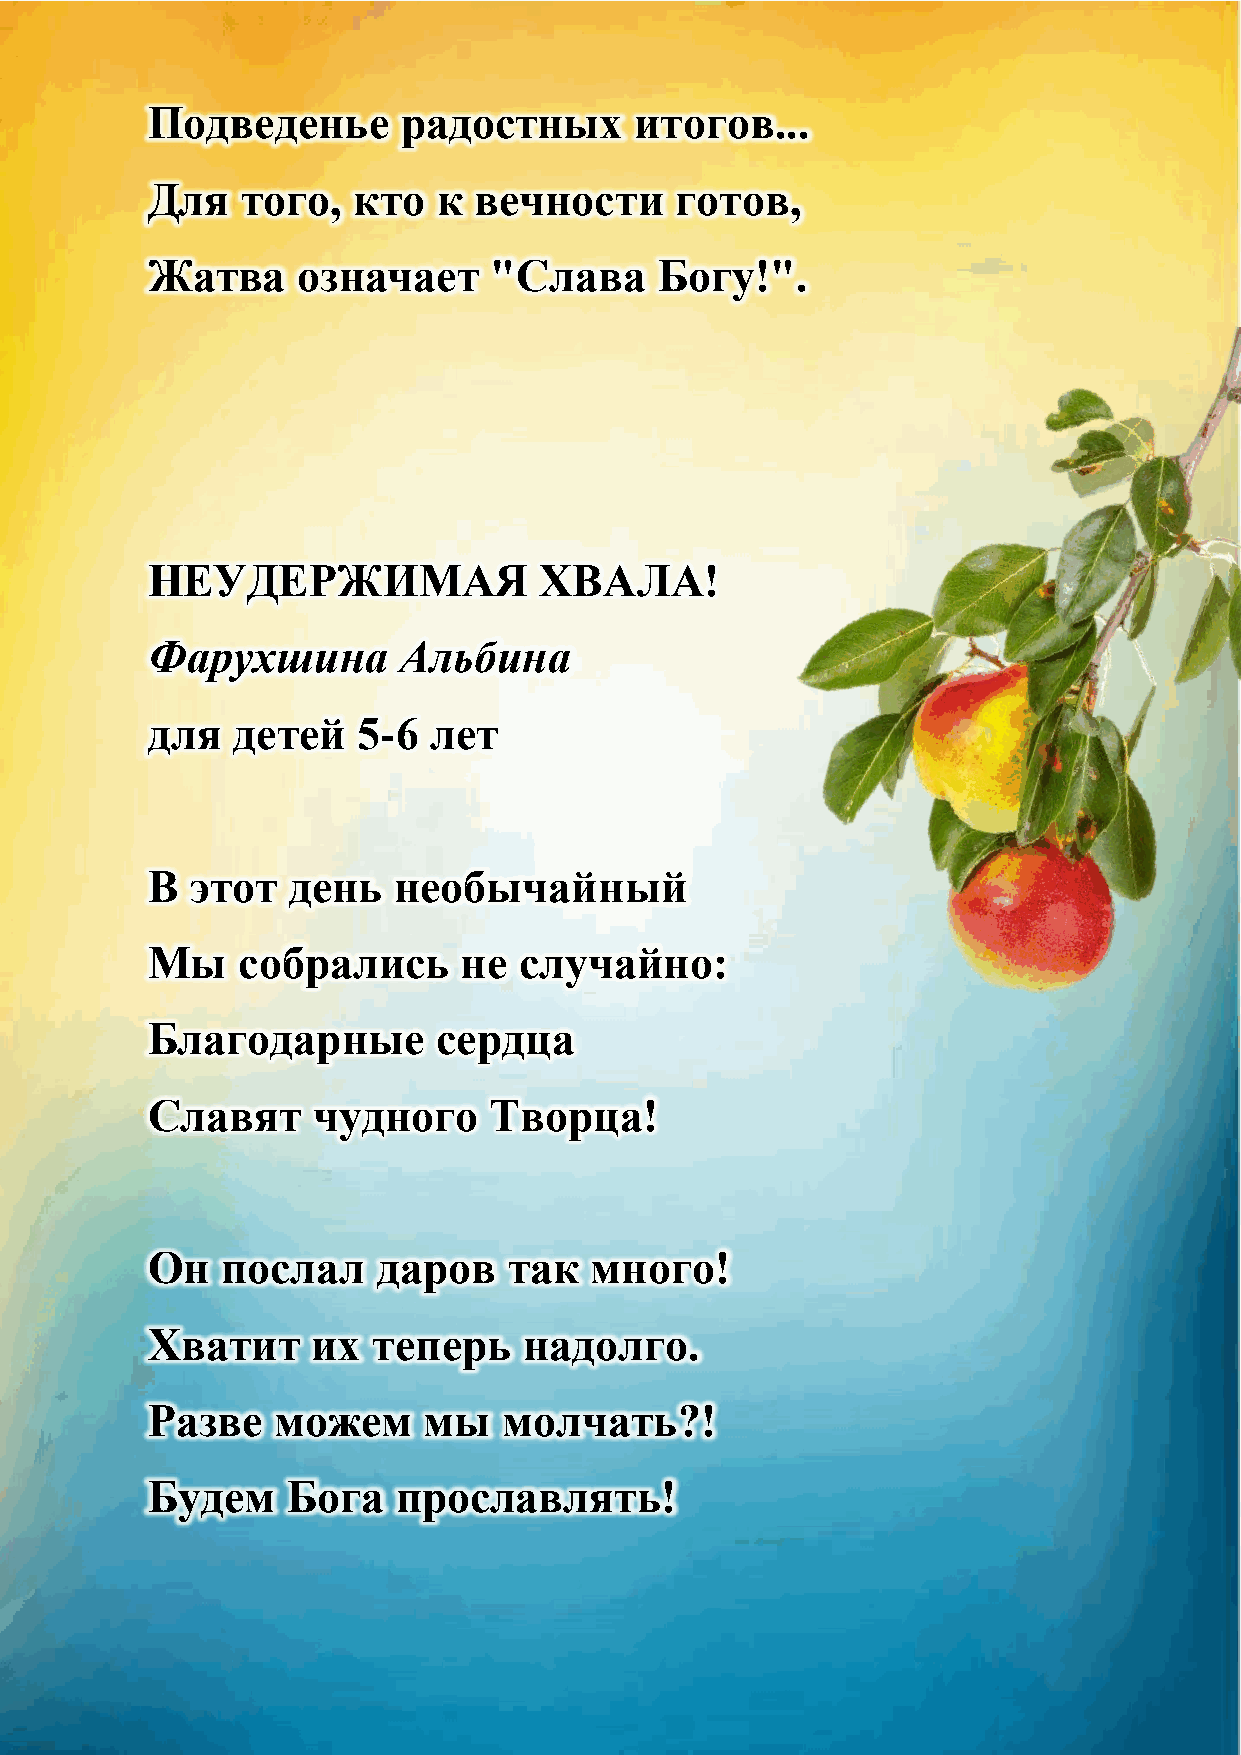
Подведенье       радостных      итогов...
 Для   того,  кто   к вечности      готов,
 Жатва     означает     "Слава     Богу!".
 НЕУДЕРЖИМАЯ               ХВАЛА!
 Фарухшина       Альбина
 для  детей    5-6 лет
 В  этот  день   необычайный
 Мы    собрались     не  случайно:
 Благодарные        сердца
 Славят     чудного    Творца!
 Он   послал    даров    так  много!
 Хватит     их  теперь    надолго.
 Разве   можем     мы   молчать?!
 Будем    Бога   прославлять!